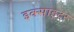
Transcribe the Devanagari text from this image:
इक्साइटर